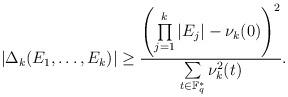
LaTeX: \begin{align*} |\Delta_k(E_1,\ldots,E_k)|\ge \frac{\left(\prod\limits_{j=1}^k |E_j| -\nu_k(0)\right)^2}{\sum\limits_{t\in \mathbb F_q^*} \nu_k^2(t)}.\end{align*}